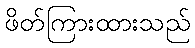
ဖိတ်ကြားထားသည်